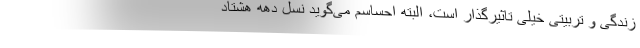
زندگی و تربیتی خیلی تاثیرگذار است، البته احساسم می‌گوید نسل دهه هشتاد